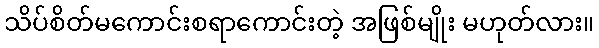
သိပ်စိတ်မကောင်းစရာကောင်းတဲ့ အဖြစ်မျိုး မဟုတ်လား။